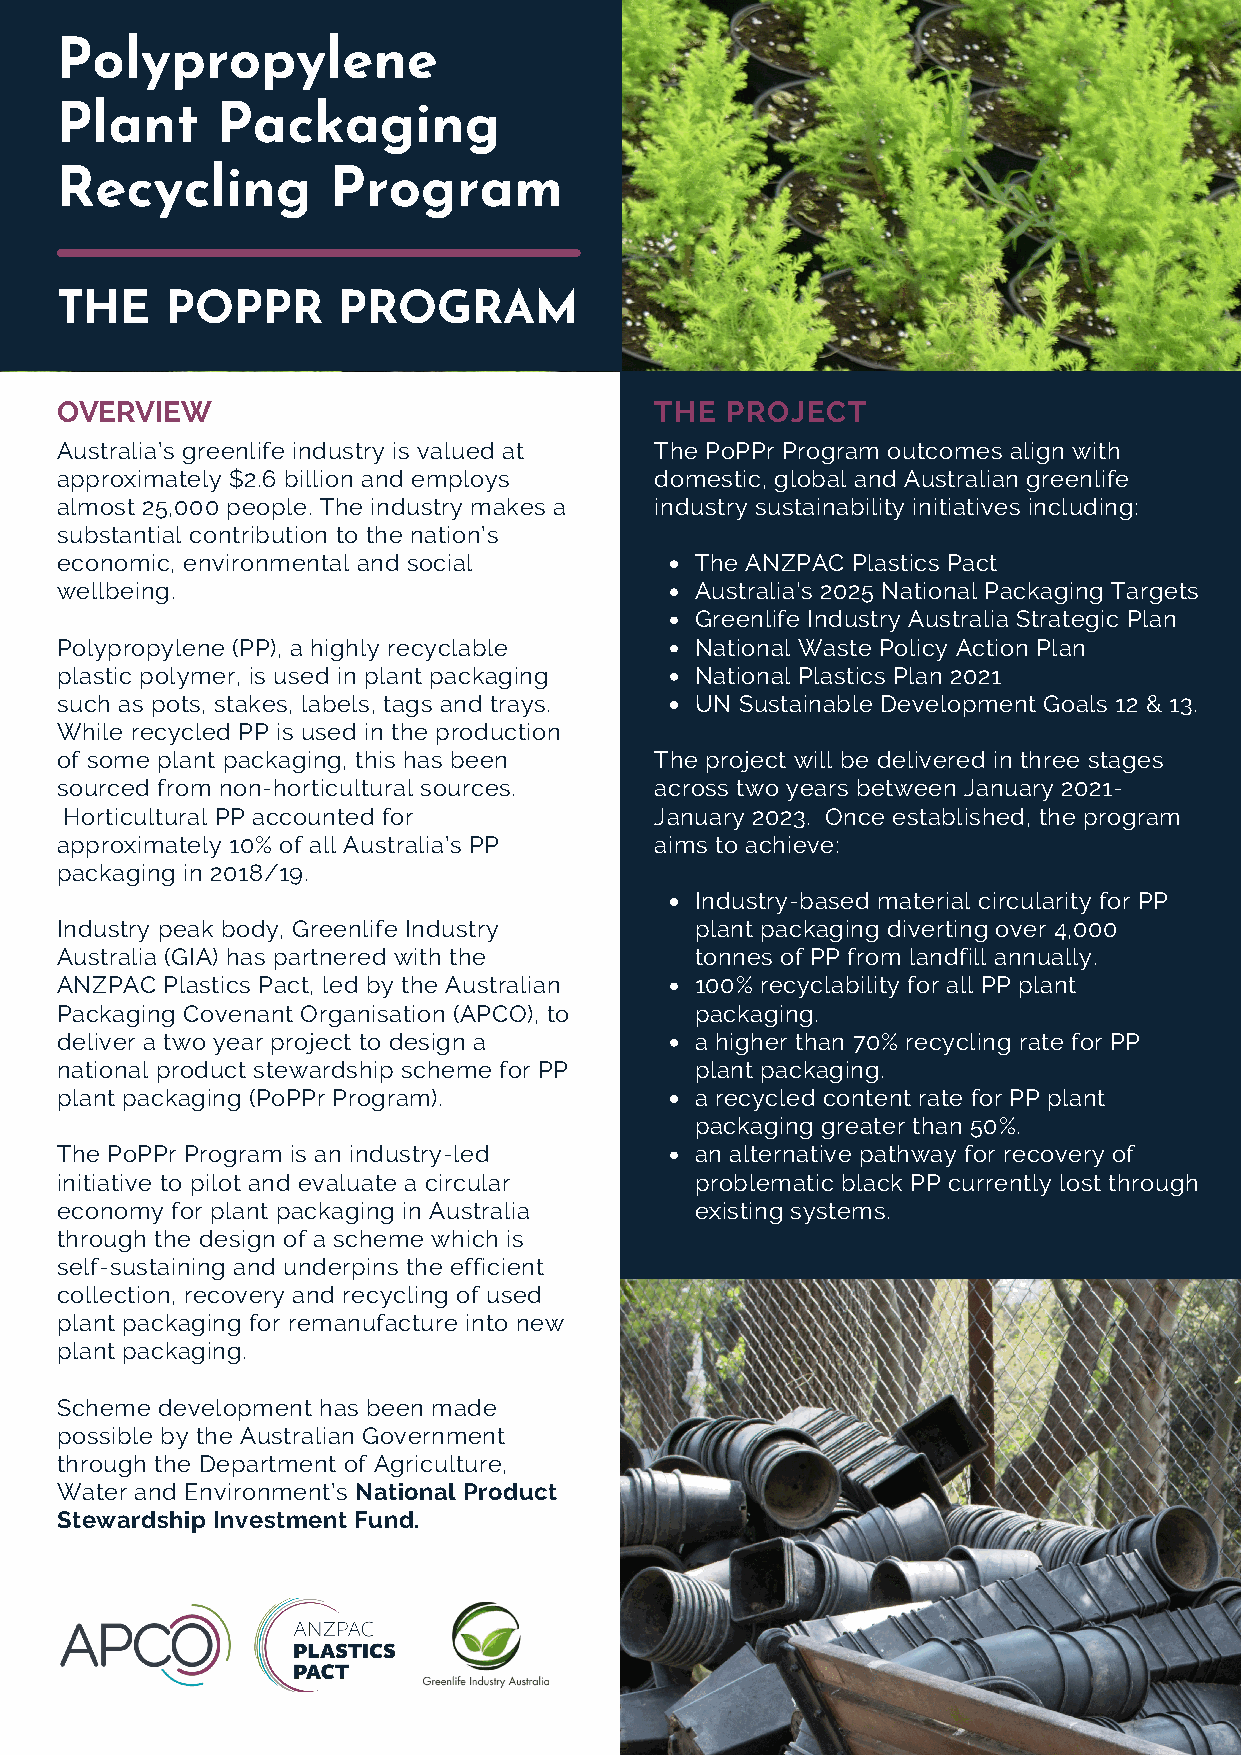
Polypropylene
 Plant     Packaging
 Recycling         Program
 THE    POPPR      PROGRAM
 OVERVIEW                               THE  PROJECT
 Australia’s greenlife industry is valued at The PoPPr Program outcomes align with
 approximately $2.6 billion and employs domestic, global and Australian greenlife
 almost 25,000 people. The industry makes a industry sustainability initiatives including:
 substantial contribution to the nation’s
 economic, environmental and social        The ANZPAC Plastics Pact
 wellbeing.                                Australia's 2025 National Packaging Targets
 Greenlife Industry Australia Strategic Plan
 Polypropylene (PP), a highly recyclable   National Waste Policy Action Plan
 plastic polymer, is used in plant packaging National Plastics Plan 2021
 such as pots, stakes, labels, tags and trays. UN Sustainable Development Goals 12 & 13.
 While recycled PP is used in the production
 of some plant packaging, this has been The project will be delivered in three stages
 sourced from non-horticultural sources. across two years between January 2021-
 Horticultural PP accounted for         January 2023. Once established, the program
 approximately 10% of all Australia’s PP aims to achieve:
 packaging in 2018/19.
 Industry-based material circularity for PP
 Industry peak body, Greenlife Industry    plant packaging diverting over 4,000
 Australia (GIA) has partnered with the    tonnes of PP from landfill annually.
 ANZPAC Plastics Pact, led by the Australian 100% recyclability for all PP plant
 Packaging Covenant Organisation (APCO), to packaging.
 deliver a two year project to design a    a higher than 70% recycling rate for PP
 national product stewardship scheme for PP plant packaging.
 plant packaging (PoPPr Program).          a recycled content rate for PP plant
 packaging greater than 50%.
 The PoPPr Program is an industry-led      an alternative pathway for recovery of
 initiative to pilot and evaluate a circular problematic black PP currently lost through
 economy for plant packaging in Australia  existing systems.
 through the design of a scheme which is
 self-sustaining and underpins the efficient
 collection, recovery and recycling of used
 plant packaging for remanufacture into new
 plant packaging.
 Scheme development has been made
 possible by the Australian Government
 through the Department of Agriculture,
 Water and Environment’s National Product
 Stewardship Investment Fund.